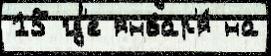
15 гд'е январ'я́ на